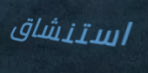
استنشاق